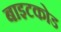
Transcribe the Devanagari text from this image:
बाइटकोड